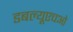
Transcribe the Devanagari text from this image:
डबल्यूएचओ